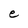
Character: e